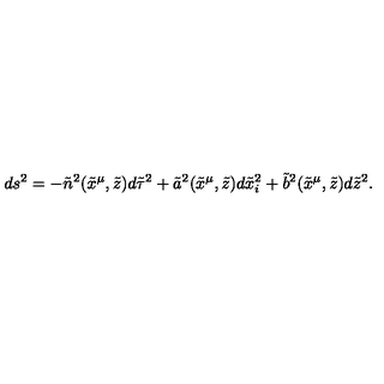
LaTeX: d s ^ { 2 } = - { \tilde { n } } ^ { 2 } ( { \tilde { x } } ^ { \mu } , { \tilde { z } } ) d { \tilde { \tau } } ^ { 2 } + { \tilde { a } } ^ { 2 } ( { \tilde { x } } ^ { \mu } , { \tilde { z } } ) d { \tilde { x } } _ { i } ^ { 2 } + { \tilde { b } } ^ { 2 } ( { \tilde { x } } ^ { \mu } , { \tilde { z } } ) d { \tilde { z } } ^ { 2 } .